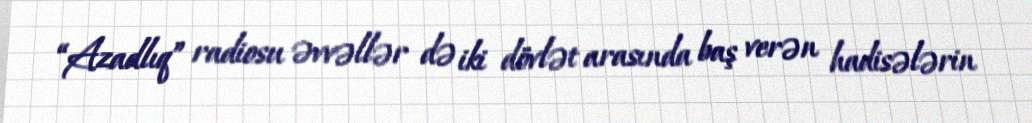
“Azadlıq” radiosu əvvəllər də iki dövlət arasında baş verən hadisələrin